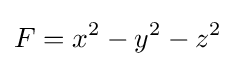
F=x^{2}-y^{2}-z^{2}